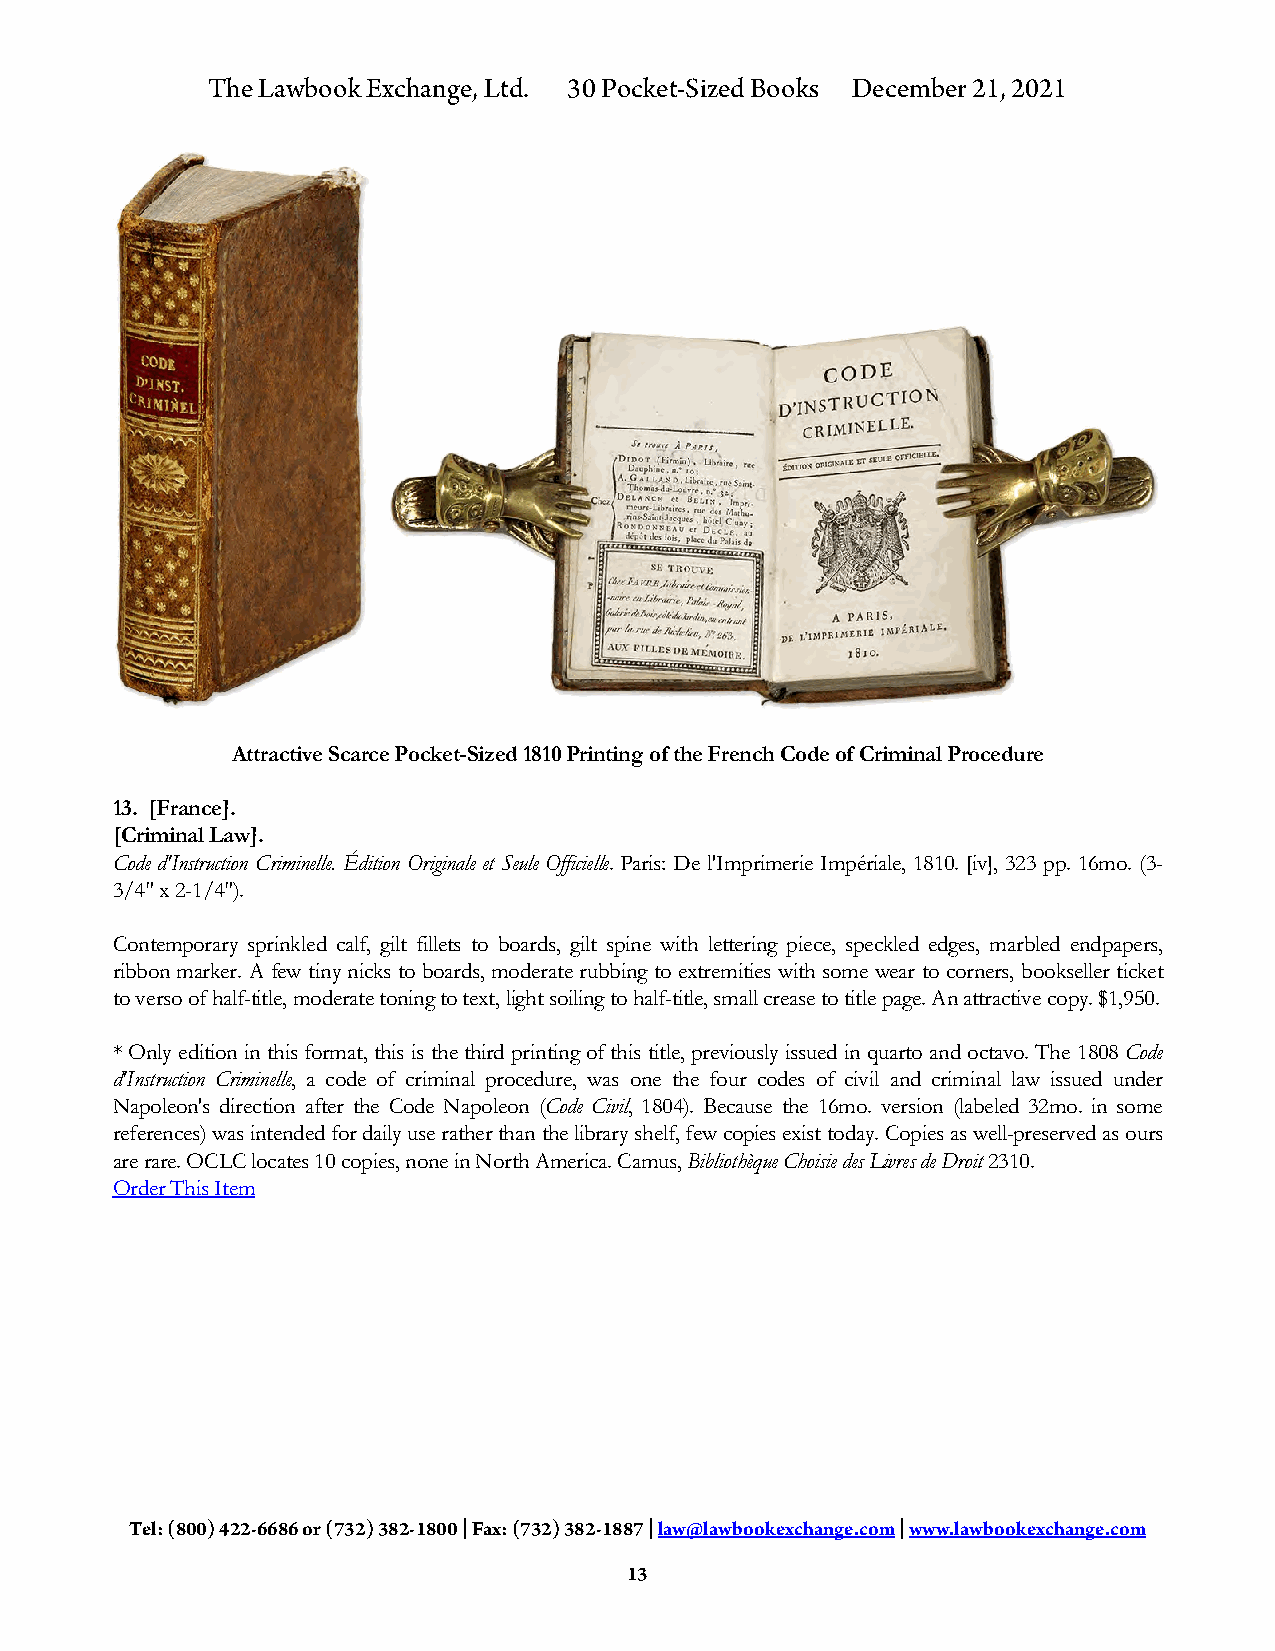
The Lawbook Exchange, Ltd. 30 Pocket-Sized Books December 21, 2021
 Attractive Scarce Pocket-Sized 1810 Printing of the French Code of Criminal Procedure
 13. [France].
 [Criminal Law].
 Code d'Instruction Criminelle. Édition Originale et Seule Officielle. Paris: De l'Imprimerie Impériale, 1810. [iv], 323 pp. 16mo. (3-
 3/4" x 2-1/4").
 Contemporary sprinkled calf, gilt fillets to boards, gilt spine with lettering piece, speckled edges, marbled endpapers,
 ribbon marker. A few tiny nicks to boards, moderate rubbing to extremities with some wear to corners, bookseller ticket
 to verso of half-title, moderate toning to text, light soiling to half-title, small crease to title page. An attractive copy. $1,950.
 * Only edition in this format, this is the third printing of this title, previously issued in quarto and octavo. The 1808 Code
 d'Instruction Criminelle, a code of criminal procedure, was one the four codes of civil and criminal law issued under
 Napoleon's direction after the Code Napoleon (Code Civil, 1804). Because the 16mo. version (labeled 32mo. in some
 references) was intended for daily use rather than the library shelf, few copies exist today. Copies as well-preserved as ours
 are rare. OCLC locates 10 copies, none in North America. Camus, Bibliothèque Choisie des Livres de Droit 2310.
 Order This Item
 Tel: (800) 422-6686 or (732) 382-1800 | Fax: (732) 382-1887 | law@lawbookexchange.com | www.lawbookexchange.com
 13